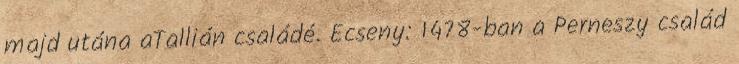
majd utána aTallián családé. Ecseny: 1478-ban a Perneszy család